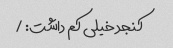
کنجد خیلی کم داشت: /